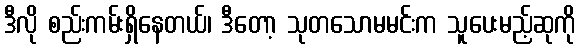
ဒီလို စည်းကမ်းရှိနေတယ်၊ ဒီတော့ သုတသောမမင်းက သူပေးမည့်ဆုကို